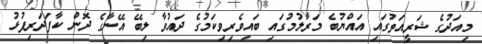
މިއަދުގެ ޝަރީއަތުގައި އައްޔުބެ މަރާލުމުގައި ބައިވެރިވިކަމުގެ ދައުވާ ލިބޭ އޭނާގެ ދޮން ކާފަދަރިފުޅު